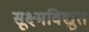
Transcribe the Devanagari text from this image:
सूक्ष्मविद्युत